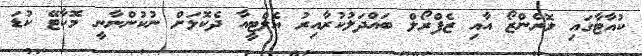
ކުއާޓާގައި ލޮރެންޒޯ އާއި ޒެފްރޯލް ބައްދަލުކުރާއިރު އެލްޓީއާ ދެކޮޅަށް ނުކުންނާނީ މޮކާޓޭ ކުޑަ